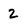
Character: 2